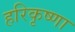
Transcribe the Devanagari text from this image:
हरिकृष्णा